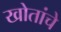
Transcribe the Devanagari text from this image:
खोतांचे